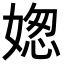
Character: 𡟟